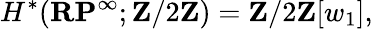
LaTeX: H^{*}(\mathbf{RP}^{\infty};\mathbf{Z}/2\mathbf{Z})=\mathbf{Z}/2\mathbf{Z}[w_{1}],